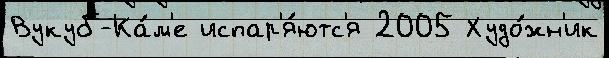
Вукуб-Ка́м'е испар'я́ютс'я 2005 Худо́жн'ик